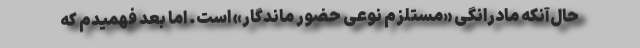
حال‌آنکه مادرانگی «مستلزم نوعی حضور ماندگار» است. اما بعد فهمیدم که